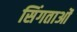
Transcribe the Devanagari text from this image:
सिंगताओं